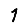
Digit: 1